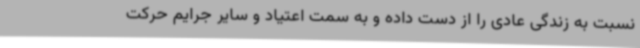
نسبت به زندگی عادی را از دست داده و به سمت اعتیاد و سایر جرایم حرکت